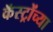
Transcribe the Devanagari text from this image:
कॅस्ट्रोंच्या